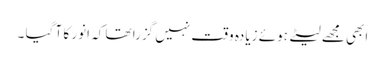
ابھی مجھے لیٹے ہوئے زیادہ وقت نہیں گزرا تھا کہ انور کا آ گیا ۔